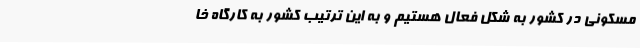
مسکونی در کشور به شکل فعال هستیم و به این ترتیب کشور به کارگاه خا